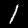
Label: 1